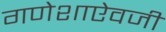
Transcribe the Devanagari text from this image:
गणेशाऐवजी